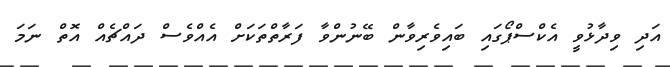
އަދި ވިދާޅުވީ އެކްސްޕޯގައި ބައިވެރިވާން ބޭނުންވާ ފަރާތްތަކަށް އެއްވެސް ދައްޗެއް އޮތް ނަމަ